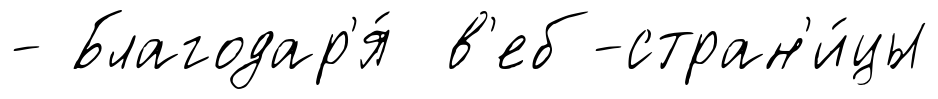
- Благодар'я́ в'еб-стран'и́цы